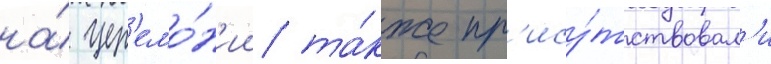
на́ цер'емо́н'ии та́кже пр'ису́тствовал'и